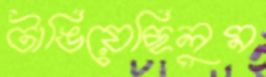
টাঙিয়েছিলুম